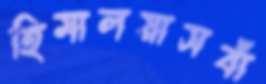
হিমালয়াসবাঁ